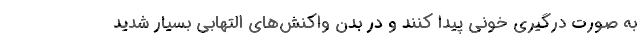
به صورت درگیری خونی پیدا کنند و در بدن واکنش‌های التهابی بسیار شدید